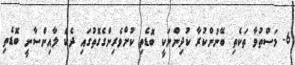
6- މަސްތުވާ ތަކެތި ބޭނުންކުރާ ކުދިންނަކީ ބޮޑެތި ކުށްވެރިންގެގޮތުގައި ދެކެ ލާއިންސާނީ ބޮޑެތި